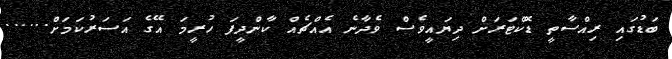
ބަޑުގައި ރިއްސާތީ ޑޮކްޓަރަށް ދިޔައީވެސް ވެދާނެ އެއްޗެއް ކާންދީފަ ހުރީމަ އޭގެ އަސަރުކަމަށް......